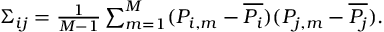
\begin{array} { r } { \Sigma _ { i j } = \frac { 1 } { M - 1 } \sum _ { m = 1 } ^ { M } ( P _ { i , m } - \overline { { P _ { i } } } ) ( P _ { j , m } - \overline { { P _ { j } } } ) . } \end{array}